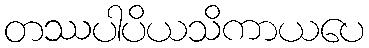
တဿပါပိယသိကာယပေ